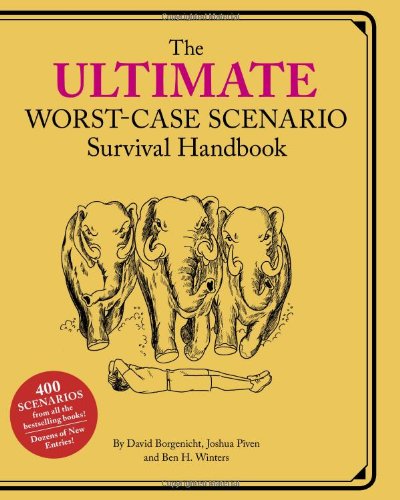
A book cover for Ultimate Worst-Case Scenario Survival Handbook; David Borgenicht; Humor & Entertainment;